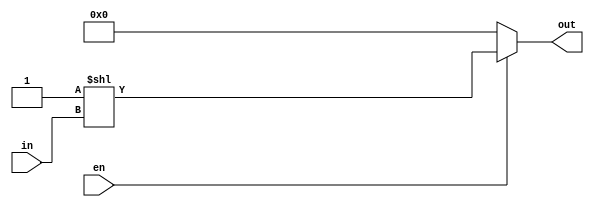
module dec3to8_shift(	out 	,
			in	,
			en	);

output	[7:0]	out	;
input	[2:0]	in	;
input		en	;

assign	out = (en==1'b1)? 8'd1<<in : 8'd0	;

endmodule

module dec3to8_case(	out	,
			in	,
			en	);

output	[7:0]	out	;
input	[2:0]	in	;
input		en	;

reg	[7:0]	out	;

always @(*) begin
	if ( en ==1'b1) begin
		case(in)
			3'b000 : out = 8'b0000_0001;
			3'b001 : out = 8'b0000_0010;
			3'b010 : out = 8'b0000_0100;
			3'b011 : out = 8'b0000_1000;
			3'b100 : out = 8'b0001_0000;
			3'b101 : out = 8'b0010_0000;
			3'b110 : out = 8'b0100_0000;
			3'b111 : out = 8'b1000_0000;
		endcase
	end else begin 
		out = 8'd0	;
	end
end
endmodule